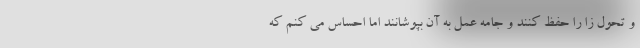
و تحول زا را حفظ کنند و جامه عمل به آن بپوشانند اما احساس می کنم که